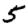
Digit: 5